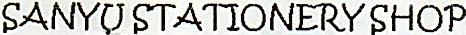
SANYU STATIONERY SHOP